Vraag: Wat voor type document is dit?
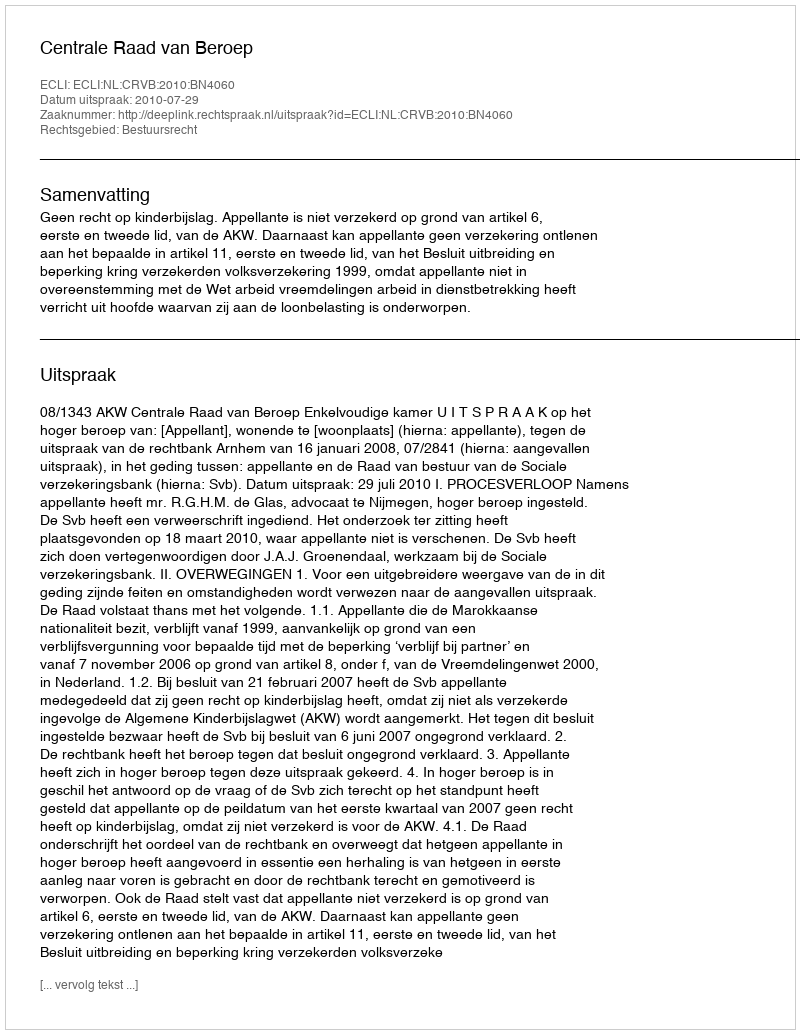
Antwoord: Uitspraak